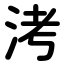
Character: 洘